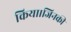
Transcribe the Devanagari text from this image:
किया।जिनकी